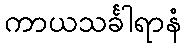
ကာယသင်္ခါရာနံ